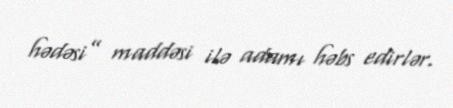
hədəsi” maddəsi ilə adamı həbs edirlər.